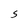
Character: S